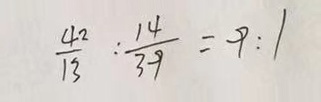
\frac { 4 2 } { 1 3 } : \frac { 1 4 } { 3 9 } = 9 : 1